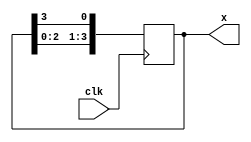
module ShiftRegister(clk,x);
	input clk;
	output reg [3:0]x;
	
	initial
  begin
		x = 4'b0001;
  end
	
	always@(posedge clk) 
  begin
    x[3:0] <= {x[2:0],x[3]};
		
	
	end
	
endmodule